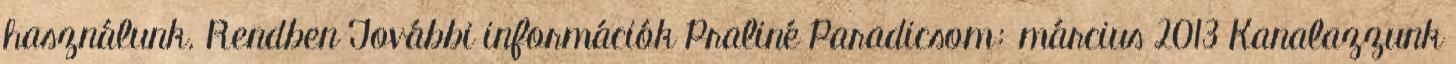
használunk. Rendben További információk Praliné Paradicsom: március 2013 Kanalazzunk